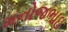
મનોજભાઇ